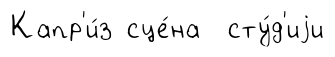
Капр'и́з сце́на сту́д'иjи